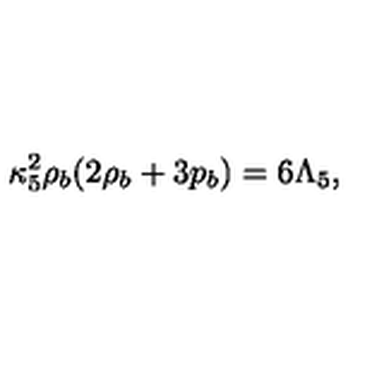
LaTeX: \kappa _ { 5 } ^ { 2 } \rho _ { b } ( 2 \rho _ { b } + 3 p _ { b } ) = 6 \Lambda _ { 5 } ,